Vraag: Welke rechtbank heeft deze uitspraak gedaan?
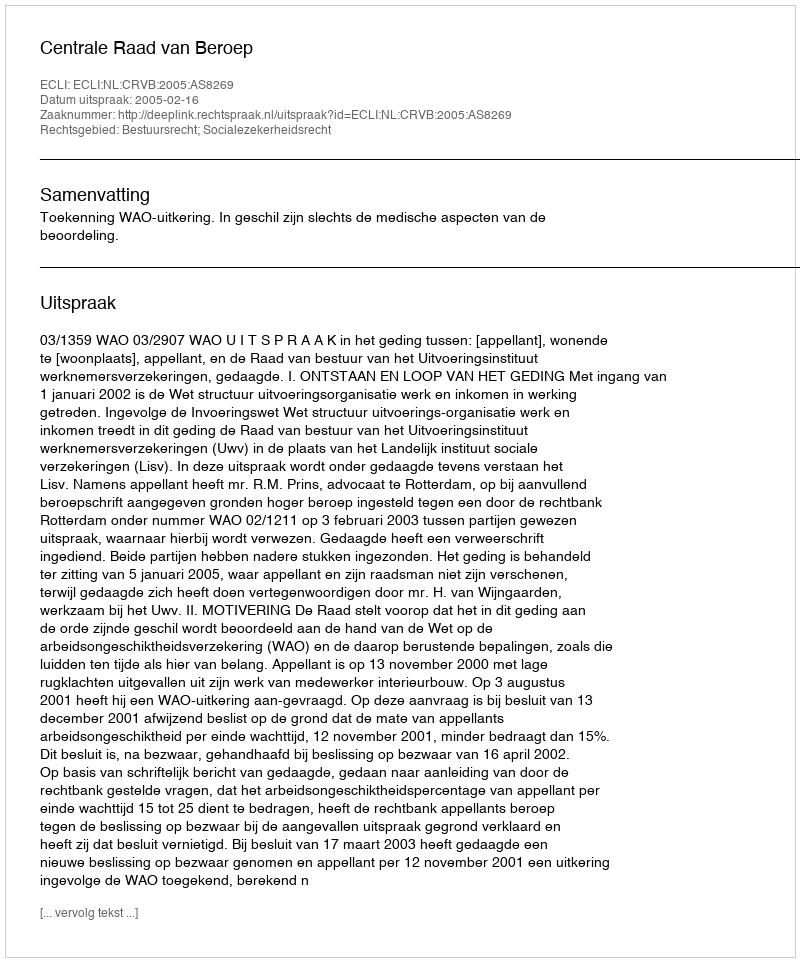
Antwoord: Centrale Raad van Beroep